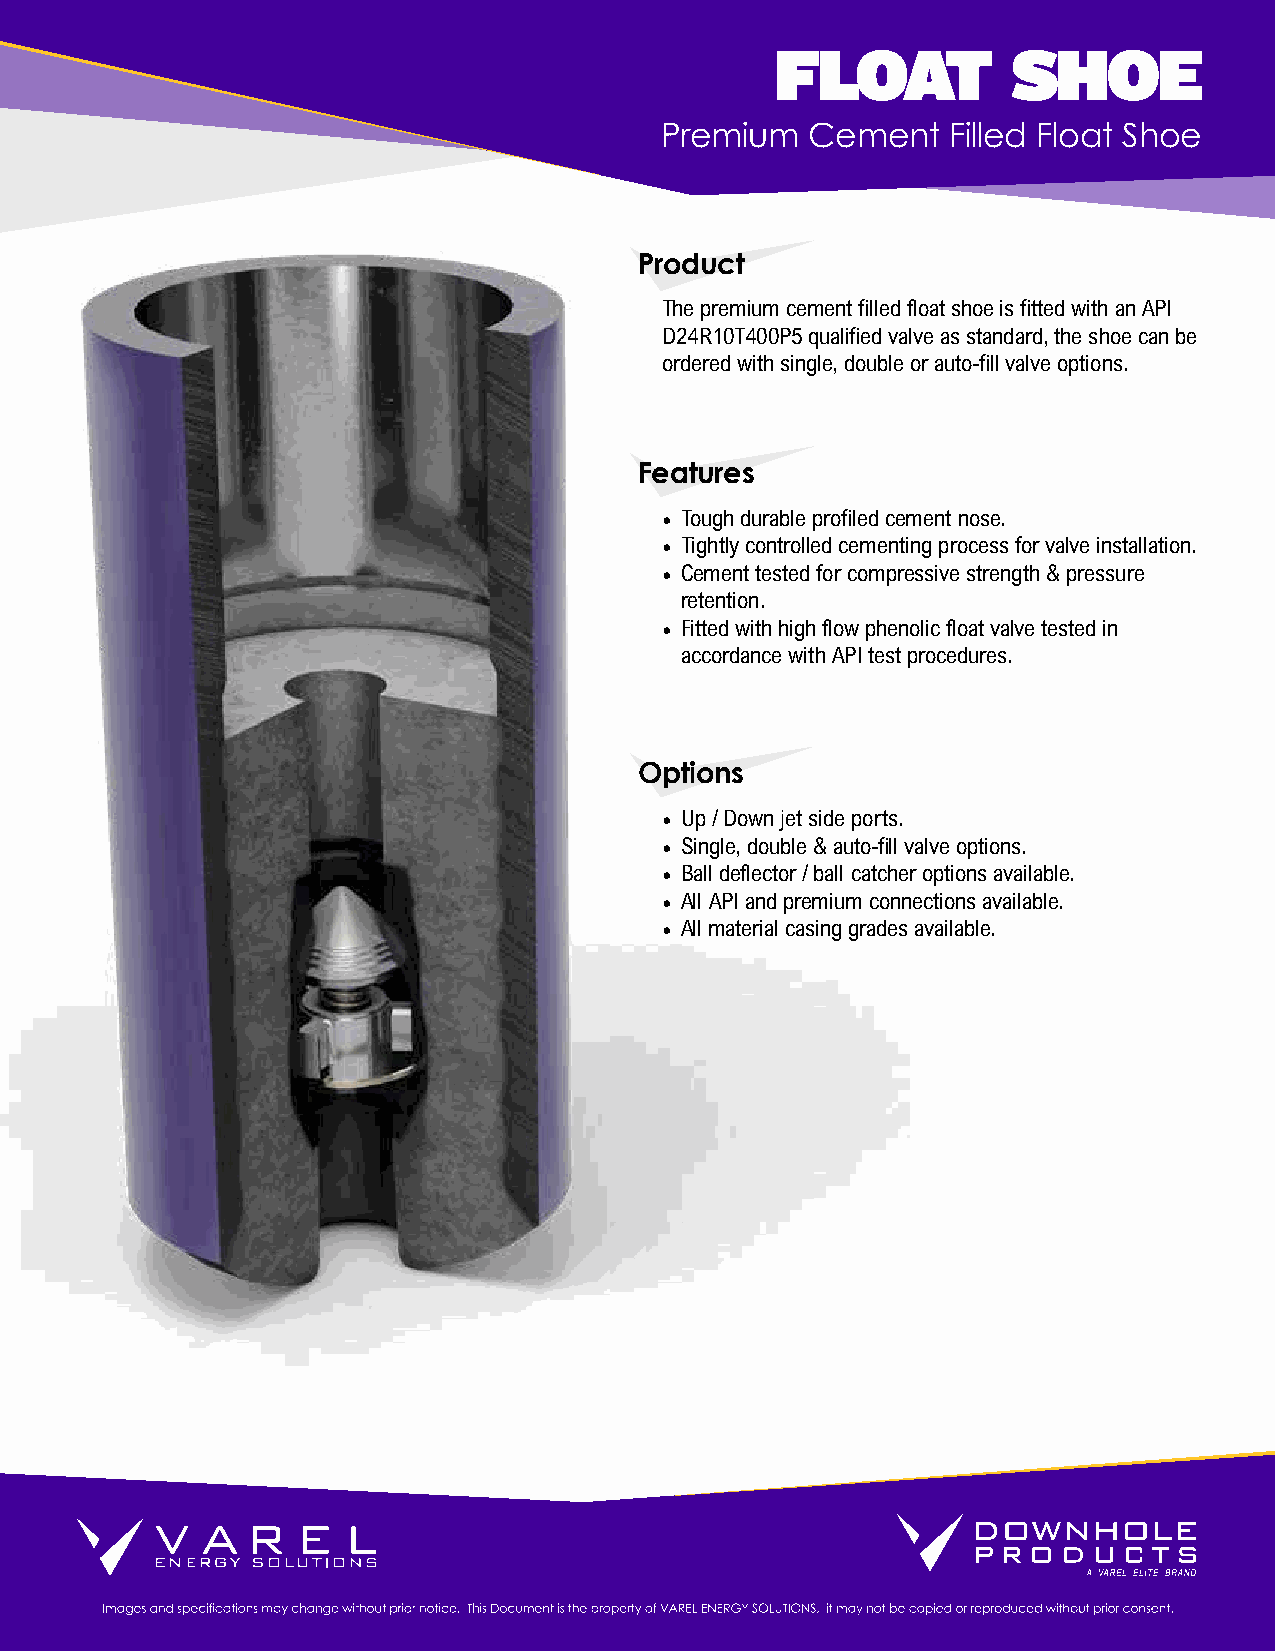
FLOAT           SHOE
 Premium   Cement   Filled Float Shoe
 Product
 The premium cement filled float shoe is fitted with an API
 D24R10T400P5 qualified valve as standard, the shoe can be
 ordered with single, double or auto-fill valve options.
 Features
 • Tough durable profiled cement nose.
 • Tightly controlled cementing process for valve installation.
 • Cement tested for compressive strength & pressure
 retention.
 • Fitted with high flow phenolic float valve tested in
 accordance with API test procedures.
 Options
 • Up / Down jet side ports.
 • Single, double & auto-fill valve options.
 • Ball deflector / ball catcher options available.
 • All API and premium connections available.
 • All material casing grades available.